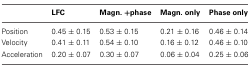
<table><thead><tr><td>[EMPTY_CELL]</td><td><b>LFC</b></td><td><b>Magn. +phase</b></td><td><b>Magn. only</b></td><td><b>Phase only</b></td></tr></thead><tbody><tr><td>Position</td><td>0.45 ± 0.15</td><td>0.53 ± 0.15</td><td>0.21 ± 0.16</td><td>0.46 ± 0.14</td></tr><tr><td>Velocity</td><td>0.41 ± 0.11</td><td>0.54 ± 0.10</td><td>0.16 ± 0.12</td><td>0.46 ± 0.10</td></tr><tr><td>Acceleration</td><td>0.20 ± 0.07</td><td>0.30 ± 0.07</td><td>0.06 ± 0.04</td><td>0.25 ± 0.06</td></tr></tbody></table>